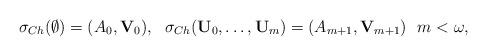
LaTeX: \begin{align*}\sigma_{Ch}(\emptyset)=(A_{0},\mathbf V_{0}), \ \ \sigma_{Ch}(\mathbf U_0,\dots,\mathbf U_m)=(A_{m+1},\mathbf V_{m+1}) \ \ m<\omega,\end{align*}